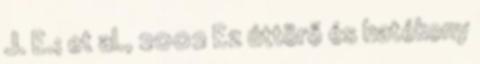
J. E.; et al., 2002 Ez úttörő és hatékony